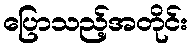
ပြောသည့်အတိုင်း